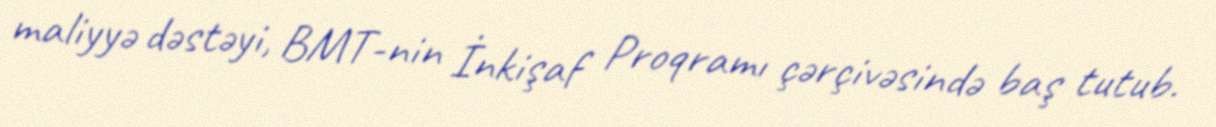
maliyyə dəstəyi, BMT-nin İnkişaf Proqramı çərçivəsində baş tutub.